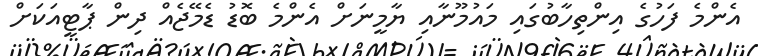
އެންމެ ފަހުގެ އިންތިހާބުގައި މައުމޫނާއި ޔާމީނަށް އެންމެ ބޮޑު ޑެމޭޖެއް ދިން ޕާޓީއަކަށް